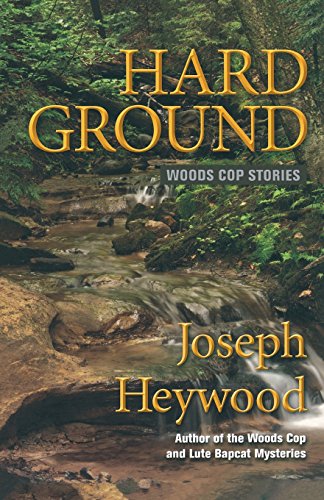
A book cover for Hard Ground: Woods Cop Stories; Joseph Heywood; Literature & Fiction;